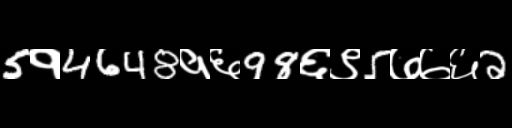
Text: 5१4648१६98६९5७७६2